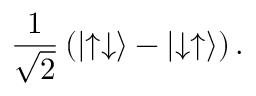
{ \frac { 1 } { \sqrt { 2 } } } \left( \left| \uparrow \downarrow \right\rangle - \left| \downarrow \uparrow \right\rangle \right) .